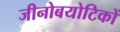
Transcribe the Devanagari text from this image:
जीनोबयोटिकों